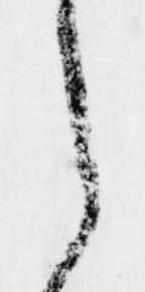
之